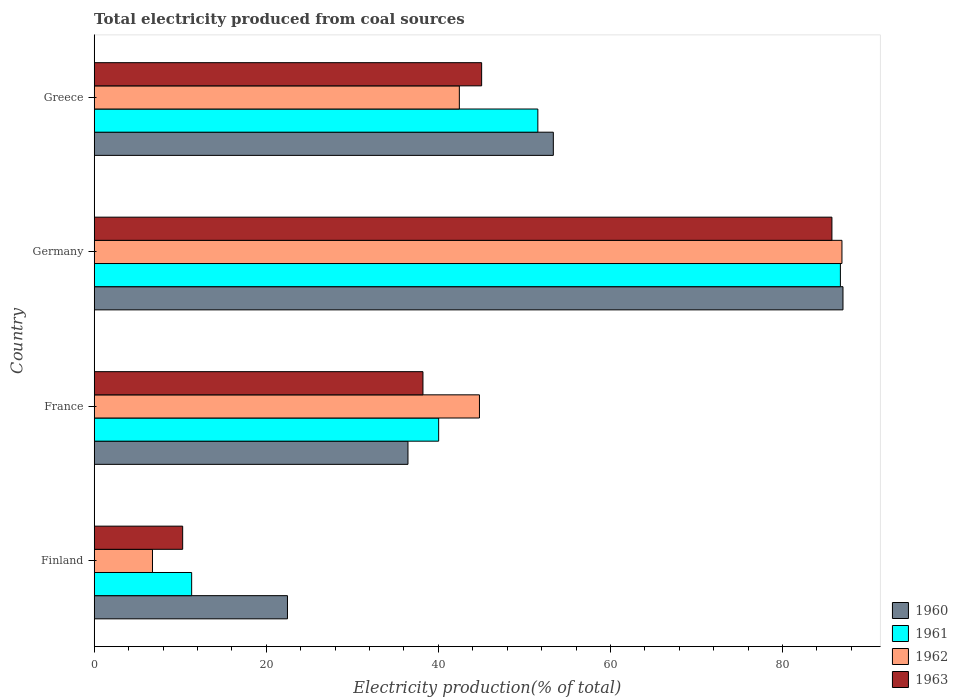
| Country | 1960 | 1961 | 1962 | 1963 |
 | --- | --- | --- | --- | --- |
 | Finland | 22.5 | 11.3 | 6.78 | 10.3 |
 | France | 36.5 | 40 | 44.8 | 38.2 |
 | Germany | 87 | 86.7 | 86.9 | 85.7 |
 | Greece | 53.4 | 51.6 | 42.4 | 45 |